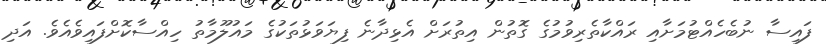
ފައިސާ ނުބެހެއްޓުމަށާއި ރައްކާތެރިވުމުގެ ގޮތުން އިތުރަށް އެޅިދާނެ ފިޔަވަޅުތަކުގެ މައުލޫމާތު ހިއްސާކޮށްފައިވެއެވެ. އަދި